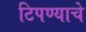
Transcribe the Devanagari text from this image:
टिपण्याचे